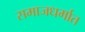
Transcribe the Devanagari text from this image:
समाजधर्मात